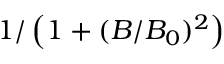
1 / \left( 1 + ( B / B _ { 0 } ) ^ { 2 } \right)